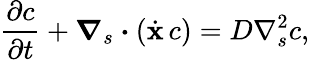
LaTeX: \frac{\partial c}{\partial t}+\boldsymbol{\nabla}_{s}\boldsymbol{\cdot}(\dot{\mathbf{x}}\, c)=D\nabla_{s}^{2}c,